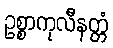
ဥစ္စာကုလီနတ္တံ